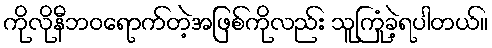
ကိုလိုနီဘဝရောက်တဲ့အဖြစ်ကိုလည်း သူကြုံခဲ့ရပါတယ်။